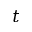
t